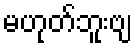
မဟုတ်ဘူးဗျ